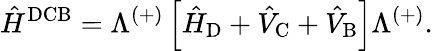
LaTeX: \hat{H}^{\textrm{DCB}}=\Lambda^{(+)}\left[\hat{H}_{\textrm{D}}+\hat{V}_{\textrm{C}}+\hat{V}_{\textrm{B}}\right]\Lambda^{(+)}.